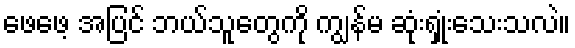
ဖေဖေ့ အပြင် ဘယ်သူတွေကို ကျွန်မ ဆုံးရှုံးသေးသလဲ။